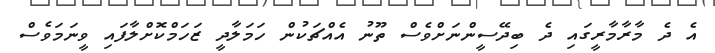
އެ ދެ މާރާމާރީގައި ދެ ބިދޭސީންނަށްވެސް ތޫނު އެއްޗަކުން ހަމަލާދީ ޒަހަމްކޮށްލާފައި ވީނަމަވެސް